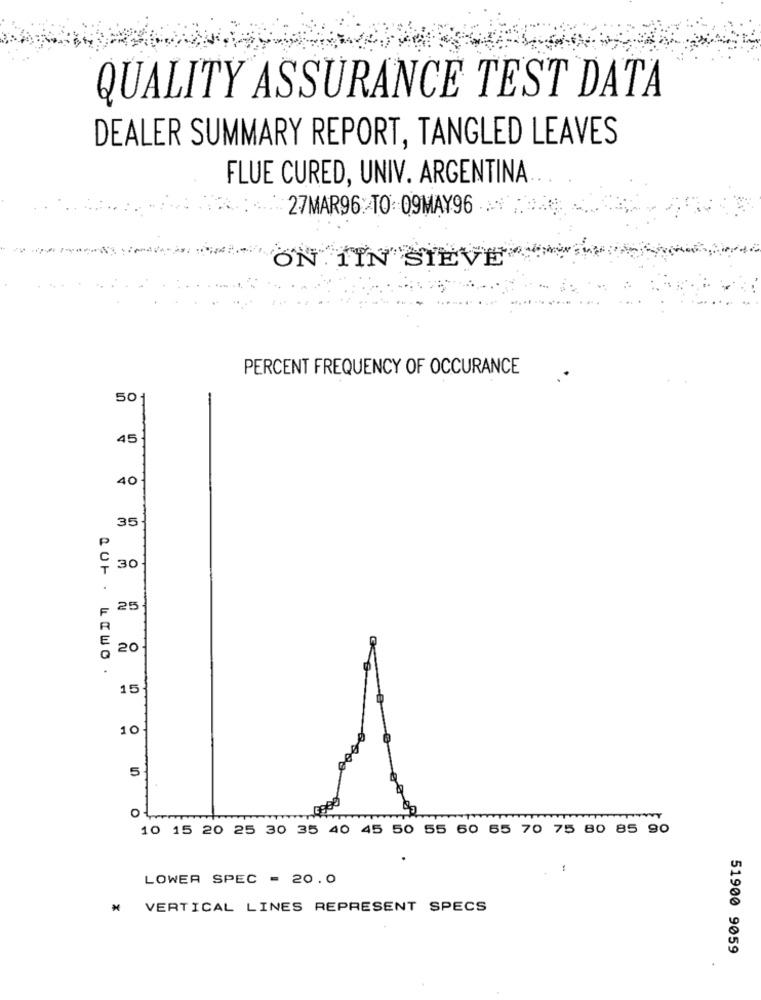
QUALITY ASSURANCE TEST DATA
DEALER SUMMARY REPORT, TANGLED LEAVES
FLUE CURED, UNIV. ARGENTINA
27MAR96 TO:09MAY96 .
ON TIN SIEVE
PERCENT FREQUENCY OF OCCURANCE
50-
45
40
35
30
25
20
15
10
5
0
10 15 20 25 30 35 40 45 50 55 60 65 70 75 80 85 90
LOWER SPEC - 20.0
* VERTICAL LINES REPRESENT SPECS
51900 9059